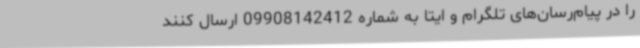
را در پیام‌رسان‌های تلگرام و ایتا به شماره 09908142412 ارسال کنند